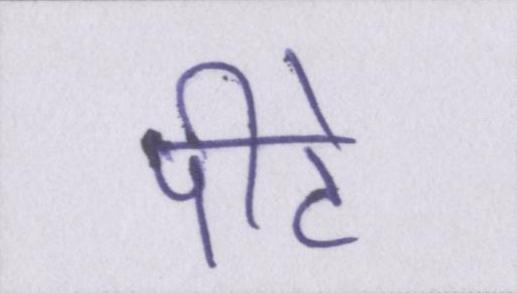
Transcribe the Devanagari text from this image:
पीटे